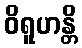
ဝိရူဟန္တိ